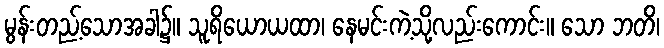
မွန်းတည့်သောအခါ၌။ သူရိယောယထာ၊ နေမင်းကဲ့သို့လည်းကောင်း။ သော ဘတိ၊